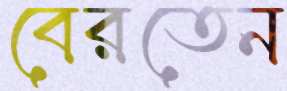
বেরতেন